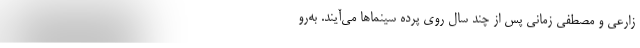
زارعی و مصطفی زمانی پس از چند سال روی پرده سینماها می‌آیند. به‌رو